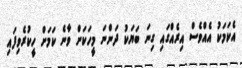
އެކަމަކު އެއްވެސް އިރެއްގައި ގިނަ ބަޔަކު ދަންނަ މީހަކަށް ވާނެ ކަމަށް ހީކުރެވިފައި